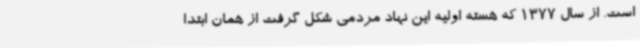
است. از سال 1377 که هسته اولیه این نهاد مردمی شکل گرفت از همان ابتدا